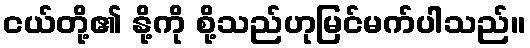
ငယ်တို့၏ နို့ကို စို့သည်ဟုမြင်မက်ပါသည်။